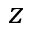
z